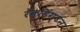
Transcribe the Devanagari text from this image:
रेव्हिंग्टन